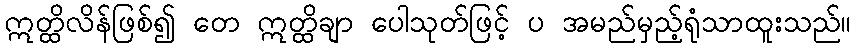
ဣတ္ထိလိန်ဖြစ်၍ တေ ဣတ္ထိချာ ပေါသုတ်ဖြင့် ပ အမည်မှည့်ရုံသာထူးသည်။